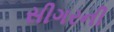
સીગરની